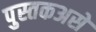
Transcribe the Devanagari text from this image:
पुस्तकअसे